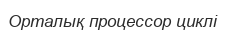
Орталық процессор циклі